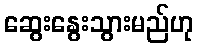
ဆွေးနွေးသွားမည်ဟု